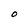
Character: 0